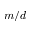
m / d